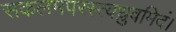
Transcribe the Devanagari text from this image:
सकलमपरस्त्वध्रुवमिदं।